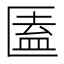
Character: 𠥕